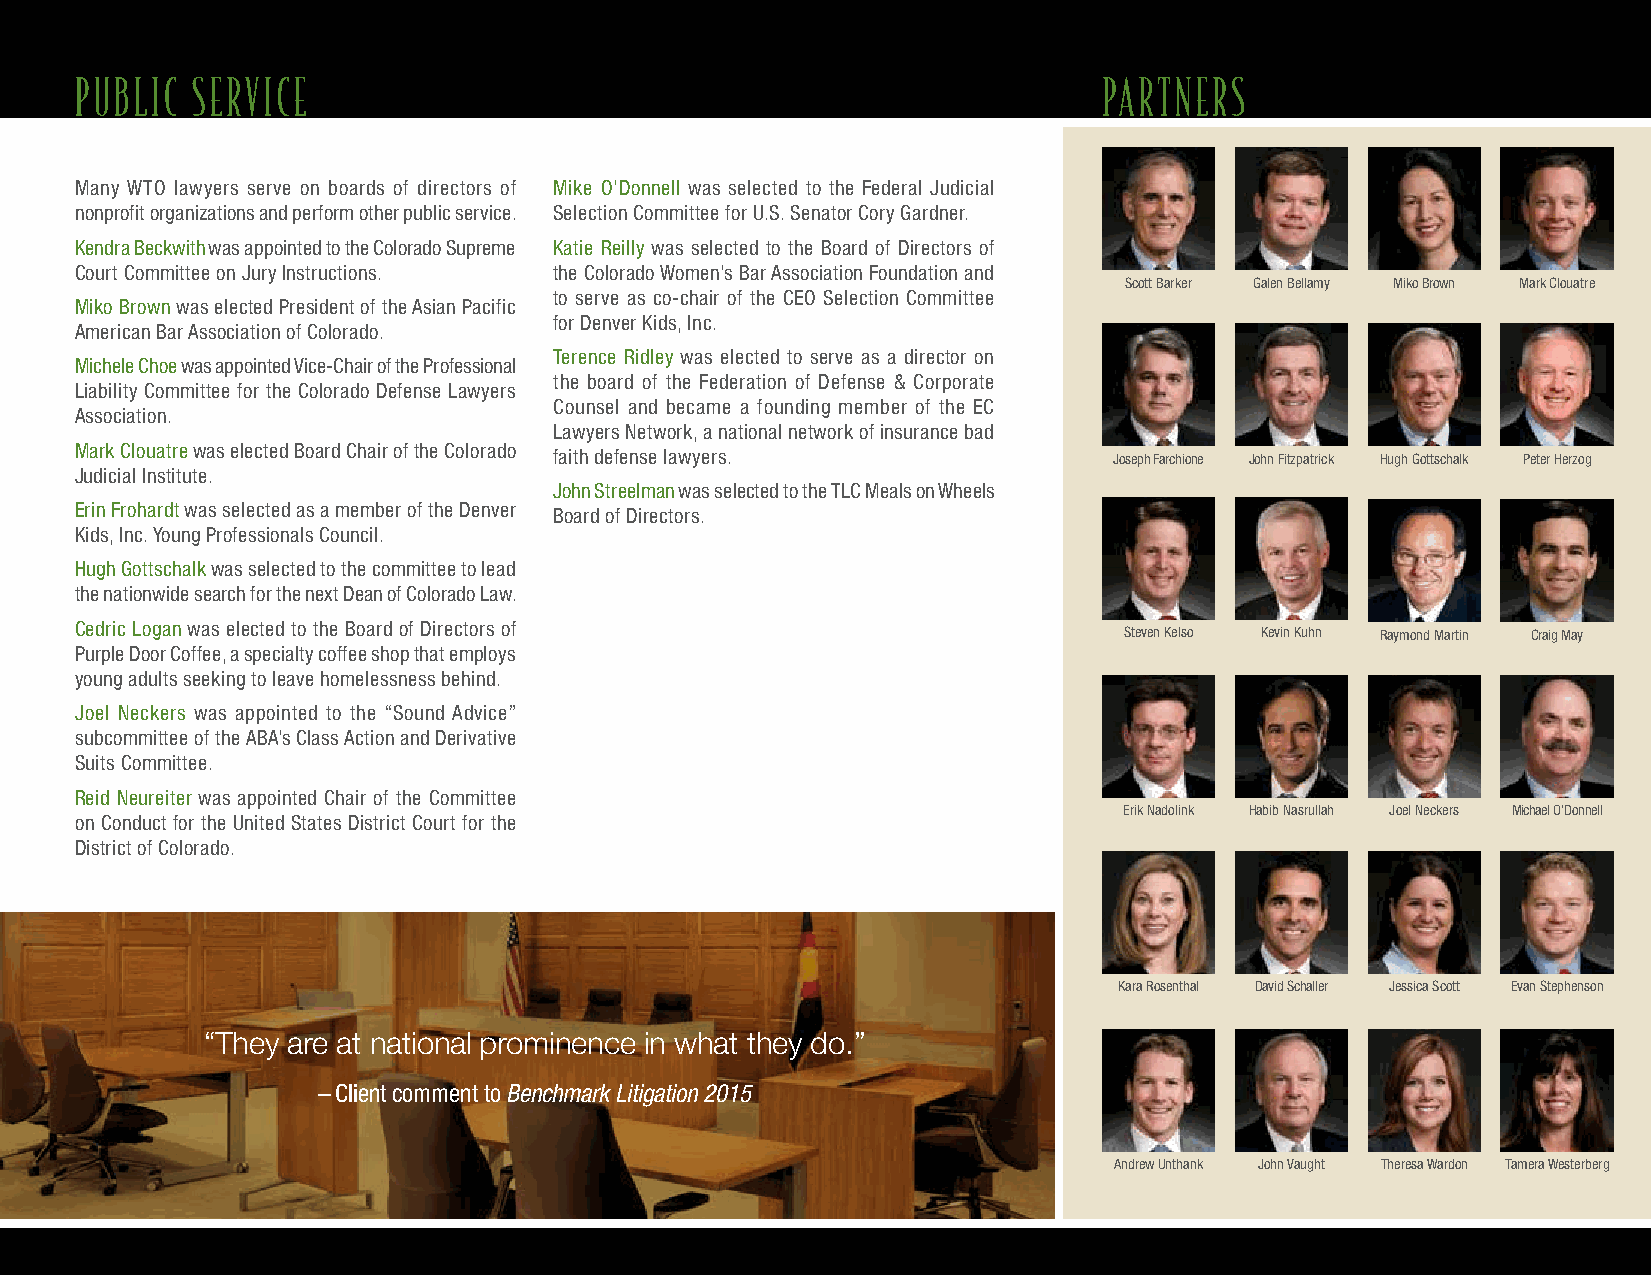
PUBLIC  SERVICE                                                     PARTNERS
 Many WTO lawyers serve on boards of directors of Mike O’Donnell was selected to the Federal Judicial
 nonprofit organizations and perform other public service. Selection Committee for U.S. Senator Cory Gardner.
 Kendra Beckwith was appointed to the Colorado Supreme Katie Reilly was selected to the Board of Directors of
 Court Committee on Jury Instructions. the Colorado Women’s Bar Association Foundation and
 Scott Barker Galen Bellamy Miko Brown Mark Clouatre
 to serve as co-chair of the CEO Selection Committee
 Miko Brown was elected President of the Asian Pacific
 for Denver Kids, Inc.
 American Bar Association of Colorado.
 Terence Ridley was elected to serve as a director on
 Michele Choe was appointed Vice-Chair of the Professional
 the board of the Federation of Defense & Corporate
 Liability Committee for the Colorado Defense Lawyers
 Counsel and became a founding member of the EC
 Association.
 Lawyers Network, a national network of insurance bad
 Mark Clouatre was elected Board Chair of the Colorado faith defense lawyers. Joseph Farchione John Fitzpatrick Hugh Gottschalk Peter Herzog
 Judicial Institute.
 John Streelman was selected to the TLC Meals on Wheels
 Erin Frohardt was selected as a member of the Denver Board of Directors.
 Kids, Inc. Young Professionals Council.
 Hugh Gottschalk was selected to the committee to lead
 the nationwide search for the next Dean of Colorado Law.
 Cedric Logan was elected to the Board of Directors of
 Steven Kelso Kevin Kuhn Raymond Martin Craig May
 Purple Door Coffee, a specialty coffee shop that employs
 young adults seeking to leave homelessness behind.
 Joel Neckers was appointed to the “Sound Advice”
 subcommittee of the ABA’s Class Action and Derivative
 Suits Committee.
 Reid Neureiter was appointed Chair of the Committee
 Erik Nadolink Habib Nasrullah Joel Neckers Michael O’Donnell
 on Conduct for the United States District Court for the
 District of Colorado.
 Kara Rosenthal David Schaller Jessica Scott Evan Stephenson
 “They are at national prominence in what they do.”
 – Client comment to Benchmark Litigation 2015
 Andrew Unthank John Vaught Theresa Wardon Tamera Westerberg